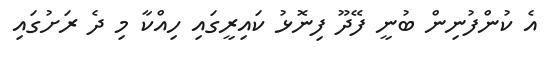
އެ ކުންފުނިން ބުނީ ފޭދޫ ފިނޮޅު ކައިރީގައި ހިއްކާ މި ދެ ރަށުގައި